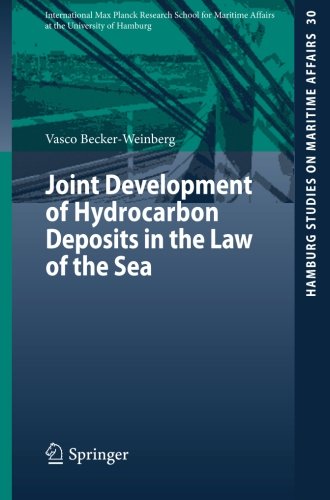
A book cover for Joint Development of Hydrocarbon Deposits in the Law of the Sea (Hamburg Studies on Maritime Affairs); Vasco Becker-Weinberg; Law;